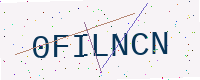
Text: 0FILNCN